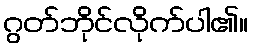
ဂွတ်ဘိုင်လိုက်ပါ၏။